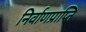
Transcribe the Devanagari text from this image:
निर्वाणप्राप्ति